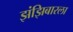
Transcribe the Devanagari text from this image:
झंझिबारला